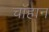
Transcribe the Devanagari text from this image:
चॉहान